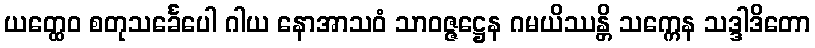
ယတ္ထေဝ စတုသင်္ခေပေါ ဂါယ နောအာသဝံ သာဝဇ္ဇဋ္ဌေန ဂမယိဿန္တိ သက္ကေန သဒ္ဒါဒိတော